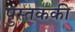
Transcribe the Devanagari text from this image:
पुस्तककी